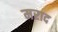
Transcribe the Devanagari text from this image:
मराद